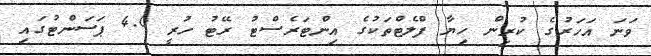
ވަނަ އަހަރުގެ ކުރިން ހިޔާ ފްލެޓްތަކުގެ އިންޓަރެސްޓު ރޭޓު ހުރީ 4.0 ޕަސަންޓުގައި